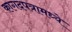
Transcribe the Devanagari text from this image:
कागदपत्रामध्ये